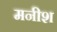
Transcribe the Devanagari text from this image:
मनीश